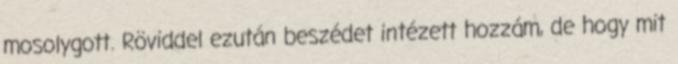
mosolygott. Röviddel ezután beszédet intézett hozzám, de hogy mit